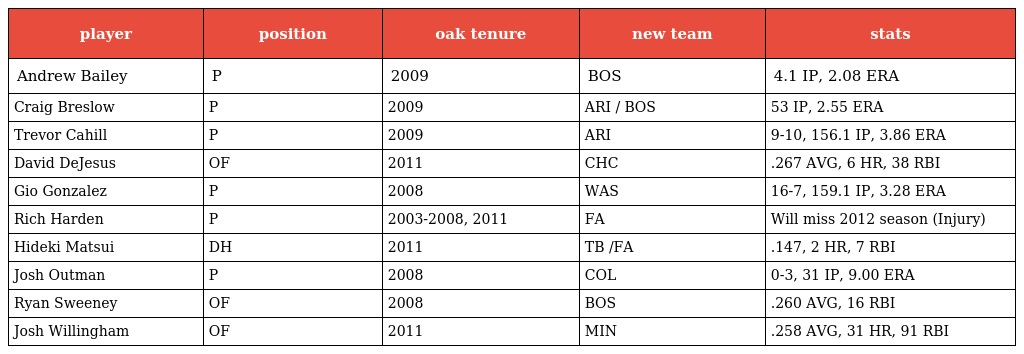
| player | position | oak tenure | new team | stats |
 | --- | --- | --- | --- | --- |
 | Andrew Bailey | P | 2009 | BOS | 4.1 IP, 2.08 ERA |
 | Craig Breslow | P | 2009 | ARI / BOS | 53 IP, 2.55 ERA |
 | Trevor Cahill | P | 2009 | ARI | 9-10, 156.1 IP, 3.86 ERA |
 | David DeJesus | OF | 2011 | CHC | .267 AVG, 6 HR, 38 RBI |
 | Gio Gonzalez | P | 2008 | WAS | 16-7, 159.1 IP, 3.28 ERA |
 | Rich Harden | P | 2003-2008, 2011 | FA | Will miss 2012 season (Injury) |
 | Hideki Matsui | DH | 2011 | TB /FA | .147, 2 HR, 7 RBI |
 | Josh Outman | P | 2008 | COL | 0-3, 31 IP, 9.00 ERA |
 | Ryan Sweeney | OF | 2008 | BOS | .260 AVG, 16 RBI |
 | Josh Willingham | OF | 2011 | MIN | .258 AVG, 31 HR, 91 RBI |